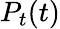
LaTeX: P_{t}(t)